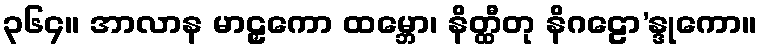
၃၆၄။ အာလာန မာဠှကော ထမ္ဘော၊ နိတ္ထီတု နိဂဠော’န္ဒုကော။